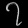
Digit: ၇